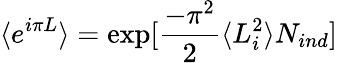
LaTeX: \langle e^{i\pi L}\rangle=\exp[\frac{-\pi^{2}}{2}\langle L_{i}^{2}\rangle N_{ind}]